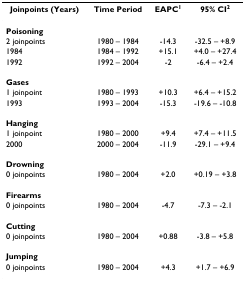
<table><thead><tr><td><b>Joinpoints (Years)</b></td><td><b>Time Period</b></td><td><b>EAPC<sup>1</sup></b></td><td><b>95% CI<sup>2</sup></b></td></tr></thead><tbody><tr><td><b>Poisoning</b></td><td></td><td></td><td></td></tr><tr><td>2 joinpoints</td><td>1980 – 1984</td><td>-14.3</td><td>-32.5 – +8.9</td></tr><tr><td>1984</td><td>1984 – 1992</td><td>+15.1</td><td>+4.0 – +27.4</td></tr><tr><td>1992</td><td>1992 – 2004</td><td>-2</td><td>-6.4 – +2.4</td></tr><tr><td><b>Gases</b></td><td></td><td></td><td></td></tr><tr><td>1 joinpoint</td><td>1980 – 1993</td><td>+10.3</td><td>+6.4 – +15.2</td></tr><tr><td>1993</td><td>1993 – 2004</td><td>-15.3</td><td>-19.6 – -10.8</td></tr><tr><td><b>Hanging</b></td><td></td><td></td><td></td></tr><tr><td>1 joinpoint</td><td>1980 – 2000</td><td>+9.4</td><td>+7.4 – +11.5</td></tr><tr><td>2000</td><td>2000 – 2004</td><td>-11.9</td><td>-29.1 – +9.4</td></tr><tr><td><b>Drowning</b></td><td></td><td></td><td></td></tr><tr><td>0 joinpoints</td><td>1980 – 2004</td><td>+2.0</td><td>+0.19 – +3.8</td></tr><tr><td><b>Firearms</b></td><td></td><td></td><td></td></tr><tr><td>0 joinpoints</td><td>1980 – 2004</td><td>-4.7</td><td>-7.3 – -2.1</td></tr><tr><td><b>Cutting</b></td><td></td><td></td><td></td></tr><tr><td>0 joinpoints</td><td>1980 – 2004</td><td>+0.88</td><td>-3.8 – +5.8</td></tr><tr><td><b>Jumping</b></td><td></td><td></td><td></td></tr><tr><td>0 joinpoints</td><td>1980 – 2004</td><td>+4.3</td><td>+1.7 – +6.9</td></tr></tbody></table>